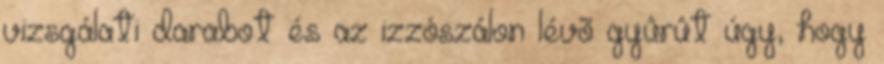
vizsgálati darabot és az izzószálon lévõ gyûrût úgy, hogy